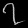
Digit: ၇